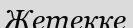
Жетекке